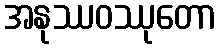
အနုဿဝဿုတော